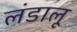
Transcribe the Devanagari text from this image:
लंडालू